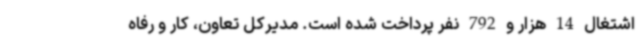
اشتغال 14 هزار و 792 نفر پرداخت شده است. مدیرکل تعاون، کار و رفاه